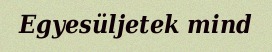
Egyesüljetek mind